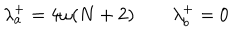
\lambda _ { a } ^ { + } = 4 \omega ( N + 2 ) \qquad \lambda _ { b } ^ { + } = 0